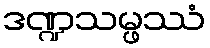
ဒဏ္ဍသမ္ဖဿံ